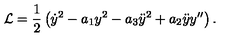
{ \cal L } = \frac { 1 } { 2 } \left( \dot { y } ^ { 2 } - a _ { 1 } y ^ { 2 } - a _ { 3 } \ddot { y } ^ { 2 } + a _ { 2 } \ddot { y } y ^ { \prime \prime } \right) .